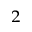
^ 2